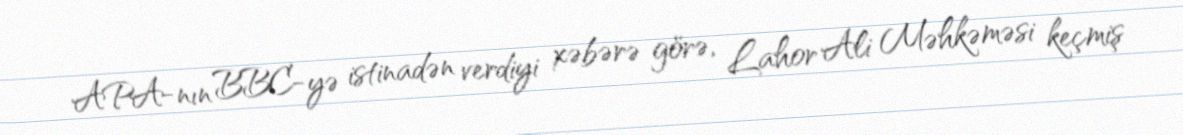
APA-nın BBC-yə istinadən verdiyi xəbərə görə, Lahor Ali Məhkəməsi keçmiş